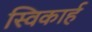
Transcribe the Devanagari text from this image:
स्विकार्ह